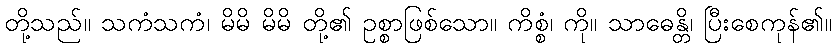
တို့သည်။ သကံသကံ၊ မိမိ မိမိ တို့၏ ဥစ္စာဖြစ်သော။ ကိစ္စံ၊ ကို။ သာဓေန္တိ၊ ပြီးစေကုန်၏။